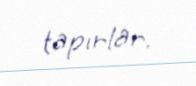
tapırlar.